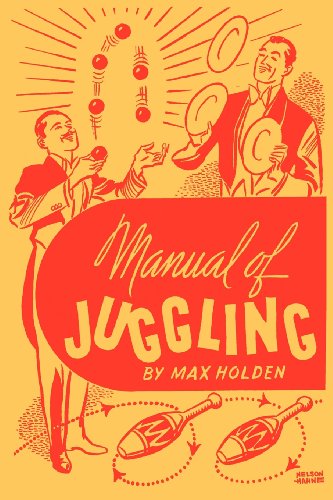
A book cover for Manual of Juggling (Facsimile Reprint); Max Holden; Sports & Outdoors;